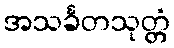
အသင်္ခတသုတ္တံ